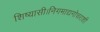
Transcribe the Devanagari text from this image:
शिष्यासी।निगमाद्यगोचराशी